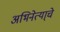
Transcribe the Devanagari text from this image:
अभिनेत्या्चे